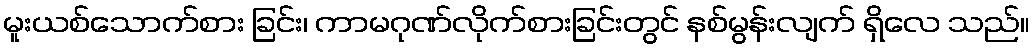
မူးယစ်သောက်စား ခြင်း၊ ကာမဂုဏ်လိုက်စားခြင်းတွင် နစ်မွန်းလျက် ရှိလေ သည်။